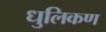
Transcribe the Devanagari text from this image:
धुलिकण